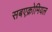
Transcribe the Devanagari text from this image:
सबएक्रोमियल